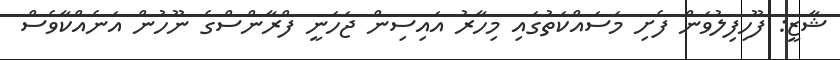
ޝާޒީ: ފޫހިފިލުވަން ފެށި މަސައްކަތުގައި މިހާރު އައިސިން ޖަހަނީ ފްރާންސްގެ ނޫހުން އަނެއްކާވެސް